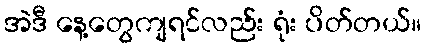
အဲဒီ နေ့တွေကျရင်လည်း ရုံး ပိတ်တယ်။